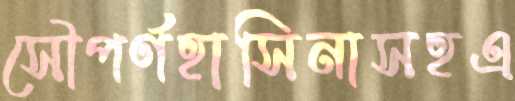
সৌপর্ণহাসিনাসহএ